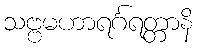
သဗ္ဗမဟာရင်္ဂရတ္တာနိ